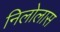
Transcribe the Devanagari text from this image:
निलोलास